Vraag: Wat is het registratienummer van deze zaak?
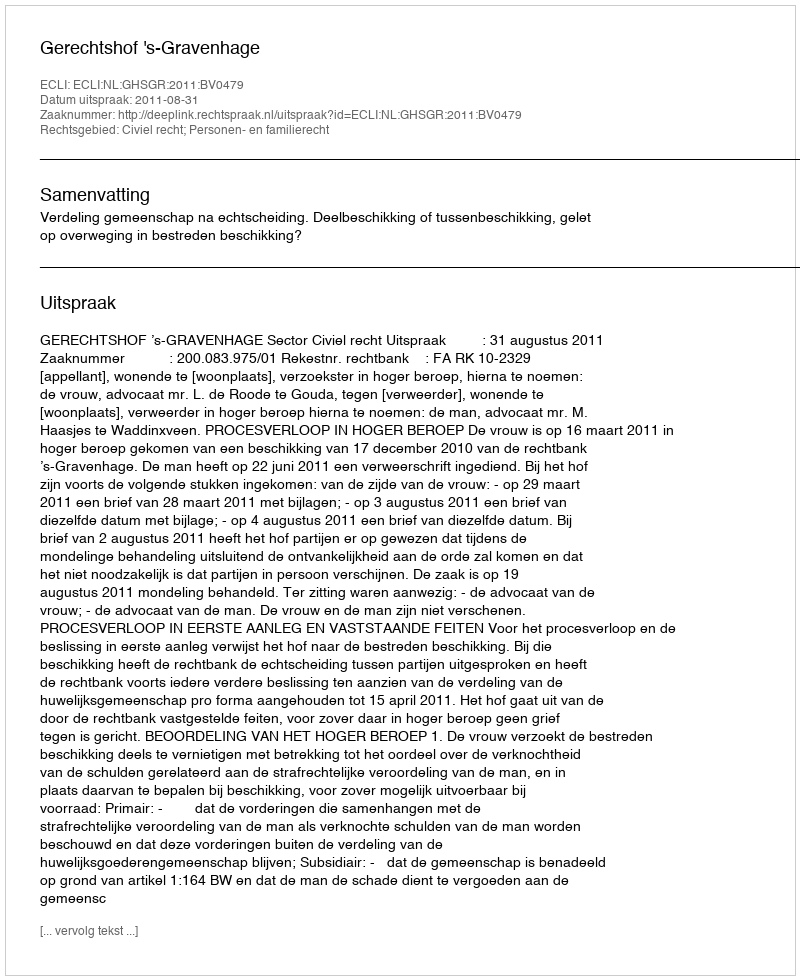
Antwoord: http://deeplink.rechtspraak.nl/uitspraak?id=ECLI:NL:GHSGR:2011:BV0479